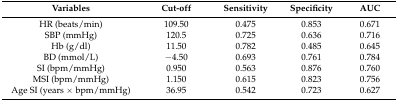
| Variables | Cut-off | Sensitivity | Specificity | AUC |
 | --- | --- | --- | --- | --- |
 | HR (beats/min) | 109.50 | 0.475 | 0.853 | 0.671 |
 | SBP (mmHg) | 120.5 | 0.725 | 0.636 | 0.716 |
 | Hb (g/dl) | 11.50 | 0.782 | 0.485 | 0.645 |
 | BD (mmol/L) | −4.50 | 0.693 | 0.761 | 0.784 |
 | SI (bpm/mmHg) | 0.950 | 0.563 | 0.876 | 0.760 |
 | MSI (bpm/mmHg) | 1.150 | 0.615 | 0.823 | 0.756 |
 | Age SI (years × bpm/mmHg) | 36.95 | 0.542 | 0.723 | 0.627 |